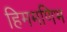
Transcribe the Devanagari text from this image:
हिममणिभ